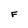
Character: F